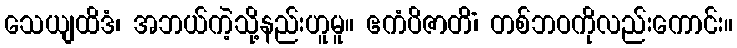
သေယျထိဒံ၊ အဘယ်ကဲ့သို့နည်းဟူမူ။ ဧကံပိဇာတိံ၊ တစ်ဘဝကိုလည်းကောင်း။